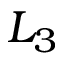
L _ { 3 }